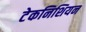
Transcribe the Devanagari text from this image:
टेकनिशियन